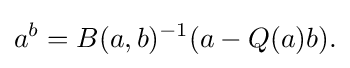
\displaystyle {a^{b}=B(a,b)^{-1}(a-Q(a)b).}